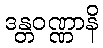
ဒန္တဝဏ္ဏာနိ